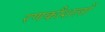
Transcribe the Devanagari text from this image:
रणकौशलों